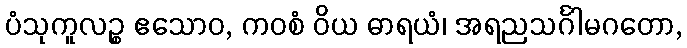
ပံသုကူလဉ္စ ဧသောဝ, ကဝစံ ဝိယ ဓာရယံ၊ အရညသင်္ဂါမဂတော,